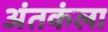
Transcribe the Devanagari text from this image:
अंतकंला